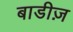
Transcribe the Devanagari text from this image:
बाडीज़